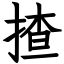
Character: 揸